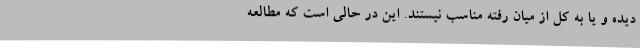
دیده و یا به کل از میان رفته مناسب نیستند. این در حالی است که مطالعه